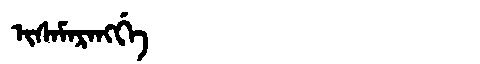
Manchu: ᡳᠰᠠᠮᠠᡵᠠᠩᡤᡝ
Romanization: ISAMARANGGE